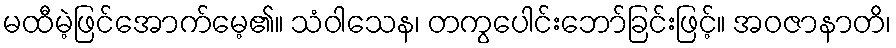
မထီမဲ့ဖြင်အောက်မေ့၏။ သံဝါသေန၊ တကွပေါင်းဘော်ခြင်းဖြင့်။ အဝဇာနာတိ၊